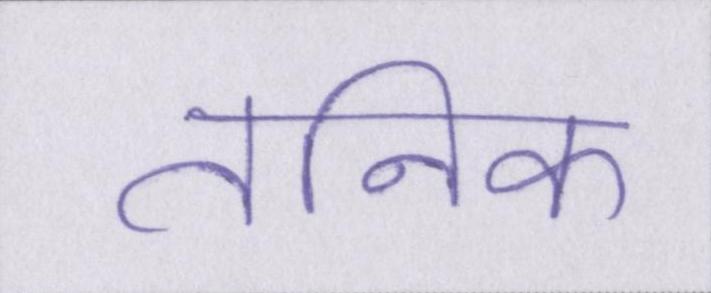
तनिक